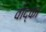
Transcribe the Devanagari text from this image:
वोद्का